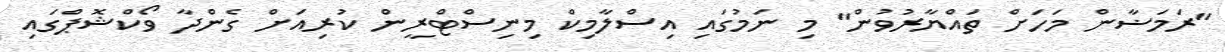
"ރަމަޟާން މަހަށް ތައްޔާރުވުން" މި ނަމުގައި އިސްލާމިކް މިނިސްޓްރީން ކުރިއަށް ގެންދާ ވޯކްޝޮޕްގައި